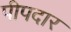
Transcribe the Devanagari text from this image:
पीपदार